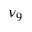
\nu _ { 9 }